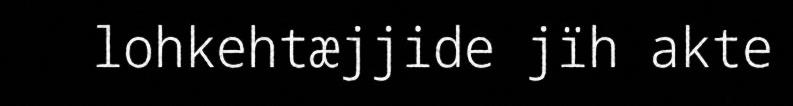
lohkehtæjjide jïh akte